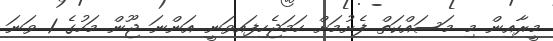
މީރާއިން މި މަސައްކަތް ފެށުމަށް ހަމަޖެހިފައިވަނީ އަންނަ ޖޫން މަހުގެ 1 ވަނަ